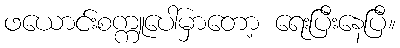
ဖယောင်းစက္ကူပေါ်မှာတော့ ရေးပြီးနေပြီ။